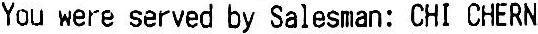
YOU WERE SERVED BY SALESMAN: CHI CHERN